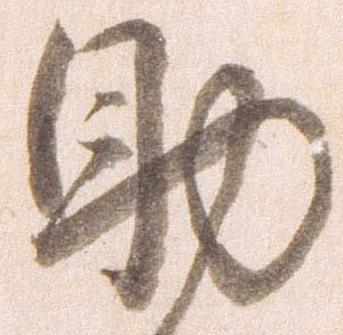
助